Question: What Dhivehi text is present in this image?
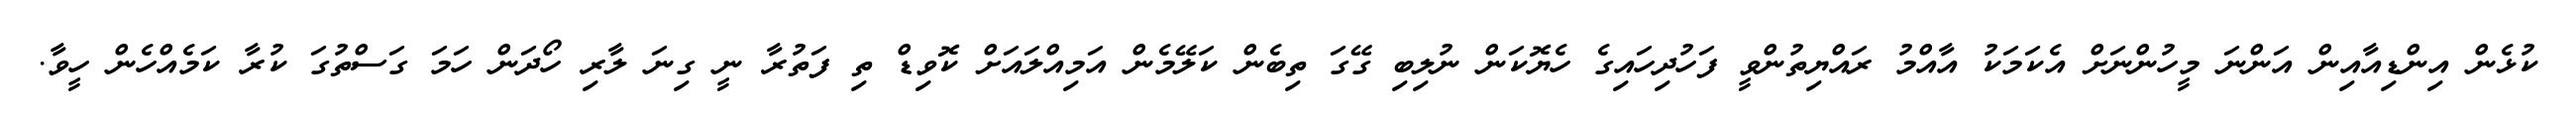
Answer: ކުޅެން އިންޑިއާއިން އަންނަ މީހުންނަށް އެކަމަކު އާއްމު ރައްޔިތުންވީ ފަހުދިހައިގެ ހެޔޮކަން ނުލިބި ގޭގަ ތިބެން ކަލޭމެން އަމިއްލައަށް ކޮވިޑް ތި ފަތުރާ ނީ ގިނަ ލާރި ހޯދަން ހަމަ ގަސްތުގަ ކުރާ ކަމެއްހެން ހީވާ.